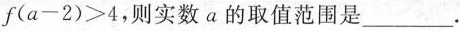
$$f ( a - 2 ) > 4$$，则实数a的取值范围是___.